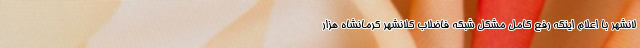
لانشهر با اعلام اینکه رفع کامل مشکل شبکه فاضلاب کلانشهر کرمانشاه هزار